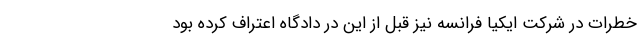
خطرات در شرکت ایکیا فرانسه نیز قبل از این در دادگاه اعتراف کرده بود